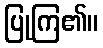
ပြုကြ၏။